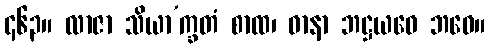
၄၆၃။ လာဇာ သိယာ’က္ခတံ စာထ၊ ဓာနာ ဘဋ္ဌယဝေ ဘဝေ။